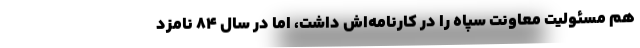
هم مسئولیت معاونت سپاه را در کارنامه‌اش داشت، اما در سال 84‌ نامزد